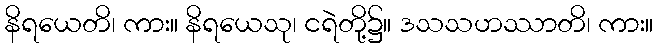
နိရယေတိ၊ ကား။ နိရယေသု၊ ငရဲတို့၌။ ဒသသဟဿာတိ၊ ကား။